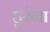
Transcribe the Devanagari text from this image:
हुरंगा